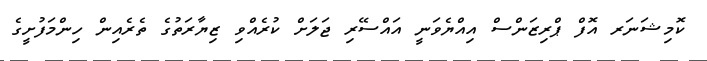
ކޮމިޝަނަރ އޮފް ޕްރިޒަންސް އިއްޔެވަނީ އައްސޭރި ޖަލަށް ކުރެއްވި ޒިޔާރަތުގެ ތެރެއިން ހިންމަފުށީގެ